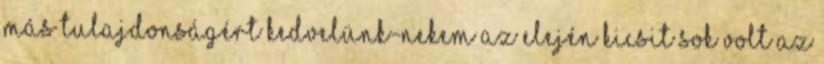
más tulajdonságért kedvelünk-nekem az elején kicsit sok volt az